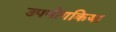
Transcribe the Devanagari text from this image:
उपयोगकिया